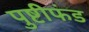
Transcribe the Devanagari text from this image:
पुष्टीफंड